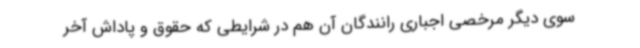
سوی دیگر مرخصی اجباری رانندگان آن هم در شرایطی که حقوق و پاداش آخر